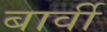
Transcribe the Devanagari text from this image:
बार्वी